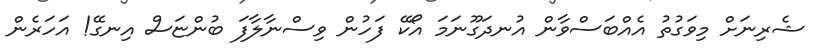
ޝެރިނަށް މިވަގުތު އެއްބަސްވާން އުނދަގޫނަމަ އޯކޭ ފަހުން ވިސްނާލާފަ ބުންޏަސް އިނގޭ! އަހަރެން